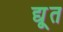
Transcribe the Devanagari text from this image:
द्यू्त